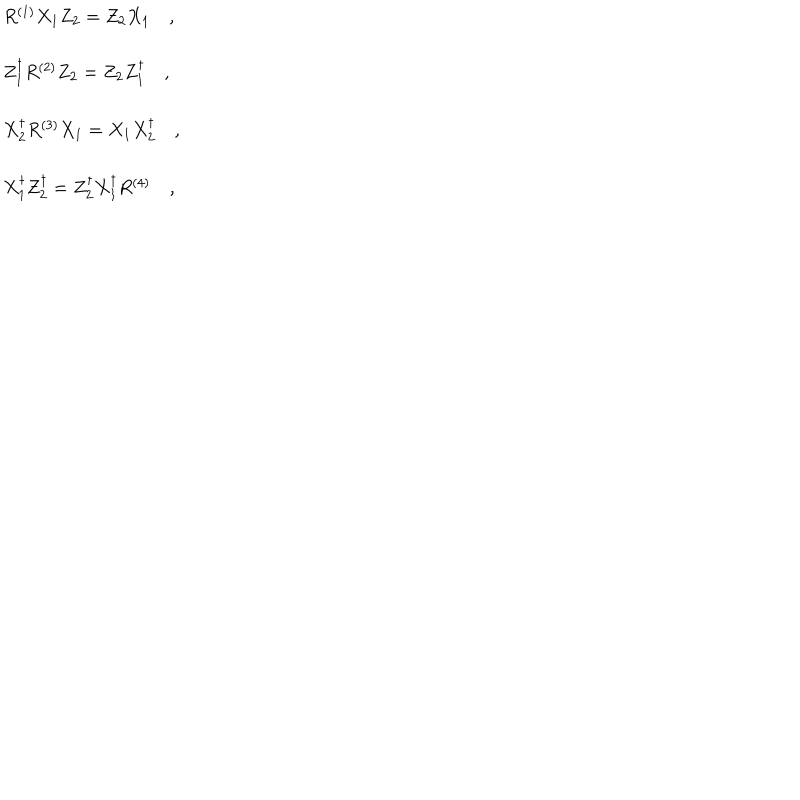
\begin{array} { l } { { R ^ { ( 1 ) } X _ { 1 } Z _ { 2 } = Z _ { 2 } X _ { 1 } \quad , } } \\ { { \, } } \\ { { Z _ { 1 } ^ { \dagger } R ^ { ( 2 ) } Z _ { 2 } = Z _ { 2 } Z _ { 1 } ^ { \dagger } \quad , } } \\ { { \, } } \\ { { X _ { 2 } ^ { \dagger } R ^ { ( 3 ) } X _ { 1 } = X _ { 1 } X _ { 2 } ^ { \dagger } \quad , } } \\ { { \, } } \\ { { X _ { 1 } ^ { \dagger } Z _ { 2 } ^ { \dagger } = Z _ { 2 } ^ { \dagger } X _ { 1 } ^ { \dagger } R ^ { ( 4 ) } \quad , } } \\ \end{array}